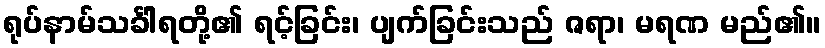
ရုပ်နာမ်သင်္ခါရတို့၏ ရင့်ခြင်း၊ ပျက်ခြင်းသည် ဇရာ၊ မရဏ မည်၏။